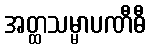
အတ္ထသမ္မာပဏီဓီ